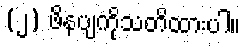
(၂) ဖိနပျကိုသတိထားပါ။